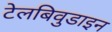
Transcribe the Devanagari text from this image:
टेलबिवुडाइन